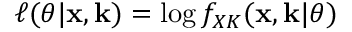
\ell ( \theta | \mathbf x , \mathbf k ) = \log f _ { X K } ( \mathbf x , \mathbf k | \theta )